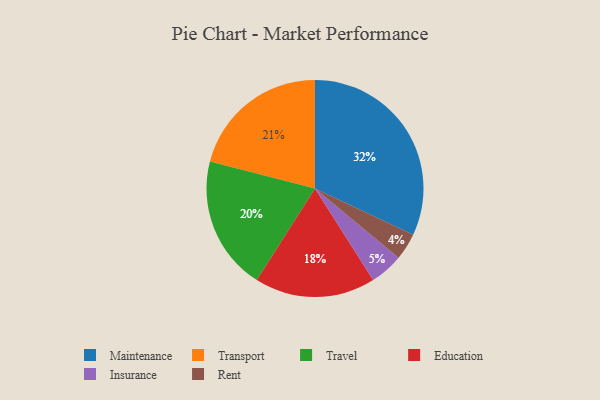
{"axis": {"x": "Category", "y": "Percentage"}, "legend": ["Education", "Insurance", "Maintenance", "Rent", "Transport", "Travel"], "data": [{"x": "Insurance", "y": 5, "type": "Insurance"}, {"x": "Transport", "y": 21, "type": "Transport"}, {"x": "Education", "y": 18, "type": "Education"}, {"x": "Rent", "y": 4, "type": "Rent"}, {"x": "Maintenance", "y": 32, "type": "Maintenance"}, {"x": "Travel", "y": 20, "type": "Travel"}]}